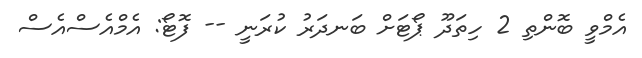
އެމްވީ ބޮންތި 2 ހިތަދޫ ޕޯޓަށް ބަނދަރު ކުރަނީ -- ފޮޓޯ: އެމްއެސްއެސް